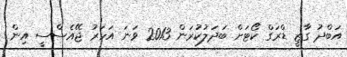
އަބްދު ގާޒީ ޑްރަގް ކޯޓަށް ބަދަލުކުރަން 2013 ވަނަ އަހަރު ޖޭއެސްސީ އިން